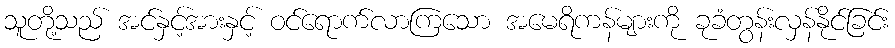
သူတို့သည် အင်နှင့်အားနှင့် ဝင်ရောက်လာကြသော အမေရိကန်များကို ခုခံတွန်းလှန်နိုင်ခြင်း